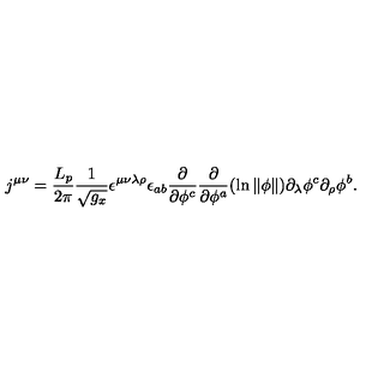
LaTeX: j ^ { \mu \nu } = \frac { L _ { p } } { 2 \pi } \frac 1 { \sqrt { g _ { x } } } \epsilon ^ { \mu \nu \lambda \rho } \epsilon _ { a b } \frac \partial { \partial \phi ^ { c } } \frac \partial { \partial \phi ^ { a } } ( \ln \Vert \phi \Vert ) \partial _ { \lambda } \phi ^ { c } \partial _ { \rho } \phi ^ { b } .